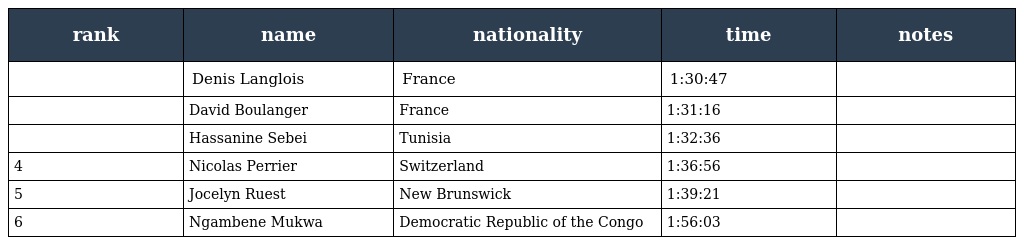
| rank | name | nationality | time | notes |
 | --- | --- | --- | --- | --- |
 |  | Denis Langlois | France | 1:30:47 |  |
 |  | David Boulanger | France | 1:31:16 |  |
 |  | Hassanine Sebei | Tunisia | 1:32:36 |  |
 | 4 | Nicolas Perrier | Switzerland | 1:36:56 |  |
 | 5 | Jocelyn Ruest | New Brunswick | 1:39:21 |  |
 | 6 | Ngambene Mukwa | Democratic Republic of the Congo | 1:56:03 |  |